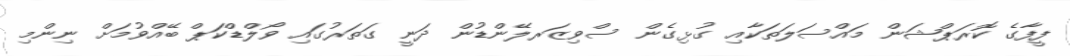
ފީފާގެ ކޮރަޕްޝަން މައްސަލަތަކާއި ގުޅިގެން ސްވިޒަރލޭންޑުން ދަނީ ގަތަރުގައި ވޯލްޑްކަޕް ބޭއްވުމަށް ނިންމި